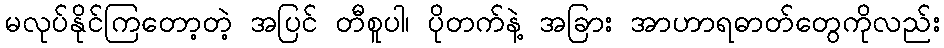
မလုပ်နိုင်ကြတော့တဲ့ အပြင် တီစူပါ၊ ပိုတက်နဲ့ အခြား အာဟာရဓာတ်တွေကိုလည်း